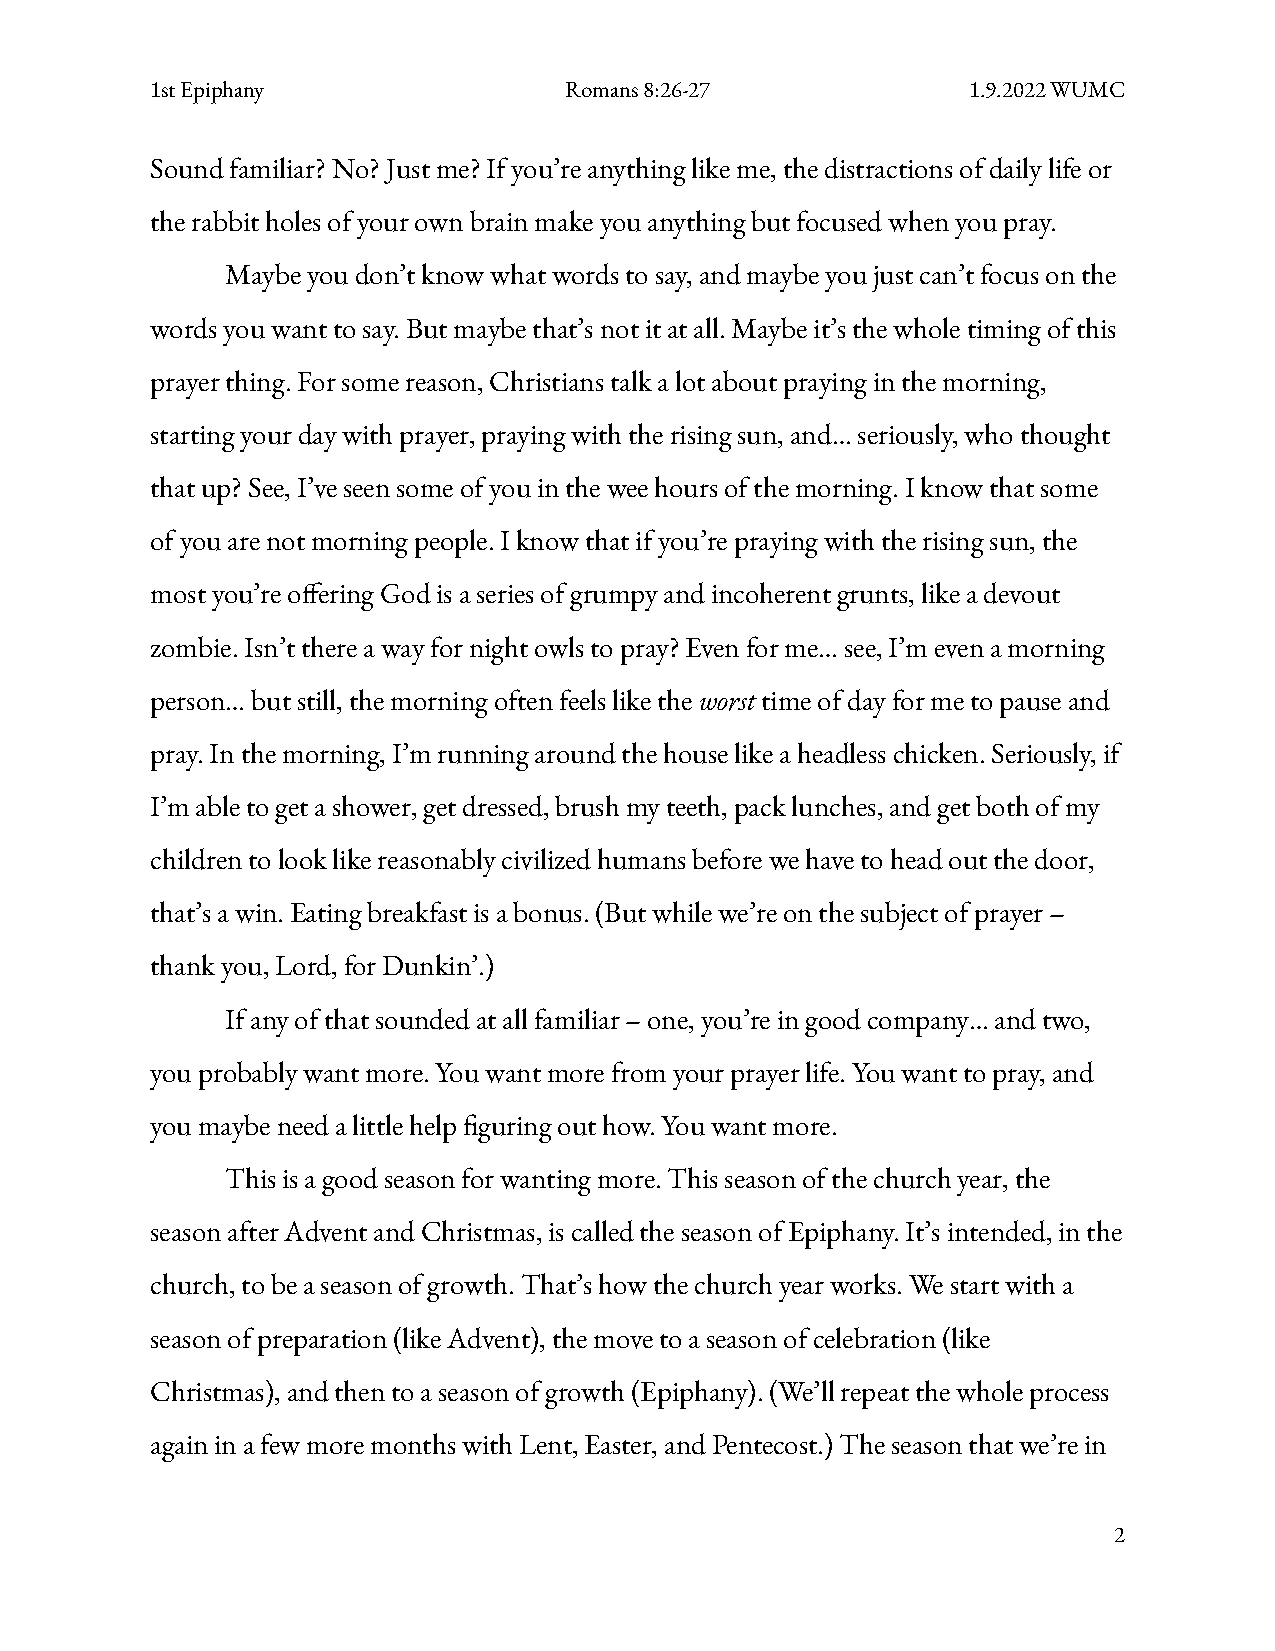
1st Epiphany               Romans 8:26-27             1.9.2022 WUMC
 Sound familiar? No? Just me? If you’re anything like me, the distractions of daily life or
 the rabbit holes of your own brain make you anything but focused when you pray.
 Maybe you don’t know what words to say, and maybe you just can’t focus on the
 words you want to say. But maybe that’s not it at all. Maybe it’s the whole timing of this
 prayer thing. For some reason, Christians talk a lot about praying in the morning,
 starting your day with prayer, praying with the rising sun, and… seriously, who thought
 that up? See, I’ve seen some of you in the wee hours of the morning. I know that some
 of you are not morning people. I know that if you’re praying with the rising sun, the
 most you’re oering God is a series of grumpy and incoherent grunts, like a devout
 zombie. Isn’t there a way for night owls to pray? Even for me… see, I’m even a morning
 person… but still, the morning often feels like theworsttime of day for me to pause and
 pray. In the morning, I’m running around the house like a headless chicken. Seriously, if
 I’m able to get a shower, get dressed, brush my teeth, pack lunches, and get both of my
 children to look like reasonably civilized humans before we have to head out the door,
 that’s a win. Eating breakfast is a bonus. (But while we’re on the subject of prayer –
 thank you, Lord, for Dunkin’.)
 If any of that sounded at all familiar – one, you’re in good company… and two,
 you probably want more. You want more from your prayer life. You want to pray, and
 you maybe need a little help guring out how. You want more.
 This is a good season for wanting more. This season of the church year, the
 season after Advent and Christmas, is called the season of Epiphany. It’s intended, in the
 church, to be a season of growth. That’s how the church year works. We start with a
 season of preparation (like Advent), the move to a season of celebration (like
 Christmas), and then to a season of growth (Epiphany). (We’ll repeat the whole process
 again in a few more months with Lent, Easter, and Pentecost.) The season that we’re in
 2